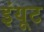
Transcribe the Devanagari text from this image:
इंयूट